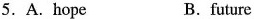
5. A. Hope B. future